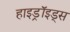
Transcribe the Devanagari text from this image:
हाइड्रॉइड्स